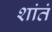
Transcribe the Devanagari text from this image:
शांतं